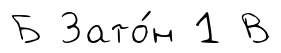
Б Зато́н 1 В